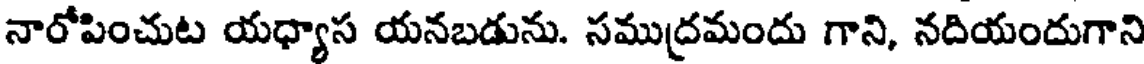
నారోపించుట యధ్యాస యనబడును. సముద్రమందు గాని, నదియందుగాని